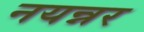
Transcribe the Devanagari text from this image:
नयन्नर